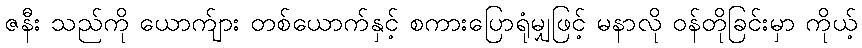
ဇနီး သည်ကို ယောက်ျား တစ်ယောက်နှင့် စကားပြောရုံမျှဖြင့် မနာလို ဝန်တိုခြင်းမှာ ကိုယ့်